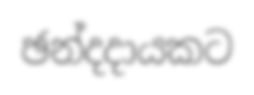
ඡන්දදායකට